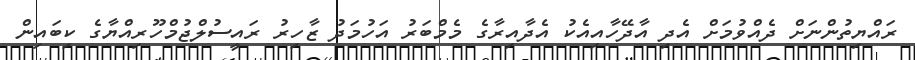
ރައްޔިތުންނަށް ދެއްވުމަށް އެދި އާދޭހާއިއެކު އެދާއިރާގެ މެމްބަރު އަހުމަދު ޒާހިރު ރައީސުލްޖުމްހޫރިއްޔާގެ ކިބައިން